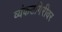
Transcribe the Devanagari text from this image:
व्यंकटगिरीवर